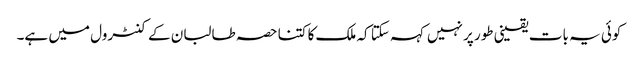
کوئی یہ بات یقینی طور پر نہیں کہہ سکتا کہ ملک کا کتنا حصہ طالبان کے کنٹرول میں ہے۔